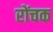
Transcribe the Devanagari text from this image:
रोंचक